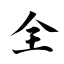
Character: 全